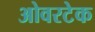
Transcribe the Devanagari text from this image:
ओवरटेक